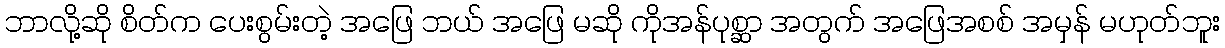
ဘာလို့ဆို စိတ်က ပေးစွမ်းတဲ့ အဖြေ ဘယ် အဖြေ မဆို ကိုအန်ပုစ္ဆာ အတွက် အဖြေအစစ် အမှန် မဟုတ်ဘူး